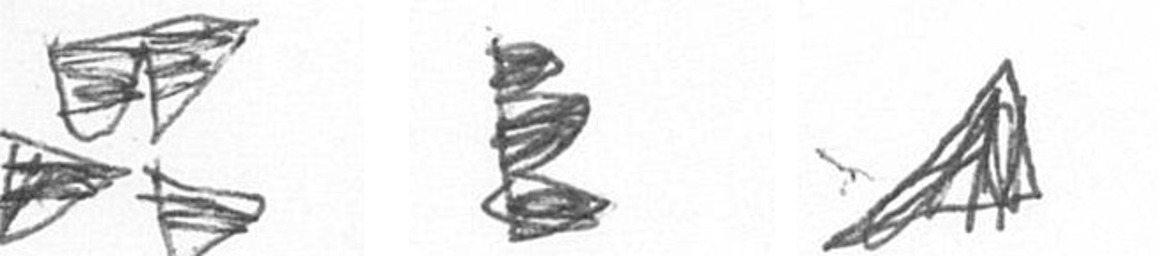
B H O